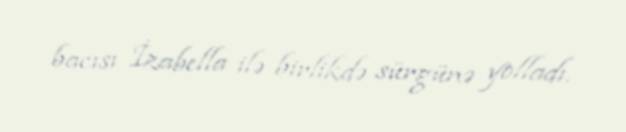
bacısı İzabella ilə birlikdə sürgünə yolladı.